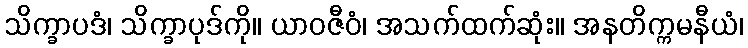
သိက္ခာပဒံ၊ သိက္ခာပုဒ်ကို။ ယာဝဇီဝံ၊ အသက်ထက်ဆုံး။ အနတိက္ကမနီယံ၊